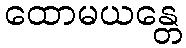
ထောမယန္တေ